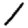
Digit: 1